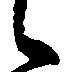
候